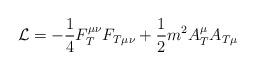
LaTeX: \begin{align*}{\cal L}=-\frac 14F_T^{\mu \nu }F_{T\mu \nu }+\frac 12m^2A_T^\mu A_{T\mu }\end{align*}